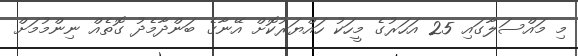
މި މައްސަލާގައި 25 އަހަރުގެ މީހަކު ހައްޔަރުކޮށް އޭނާގެ ބަންދާމެދު ގޮތެއް ނިންމުމަށް